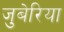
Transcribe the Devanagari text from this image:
जुबेरिया